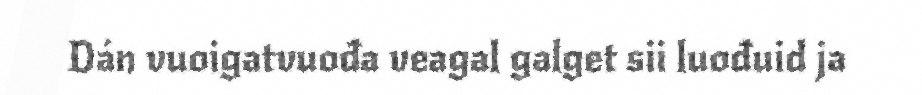
Dán vuoigatvuođa veagal galget sii luođuid ja